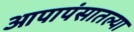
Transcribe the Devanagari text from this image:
आपापंसातल्या